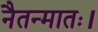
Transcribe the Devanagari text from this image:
नैतन्मातः।